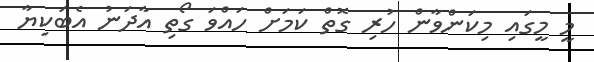
މީ މީގައި މިކަންވާން ހުރި ގޮތް ކަމަށް ހައްވަ ގޯތި އާދަނު އެބަކިޔާ